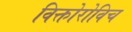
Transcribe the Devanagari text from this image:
विक्तोरोविच